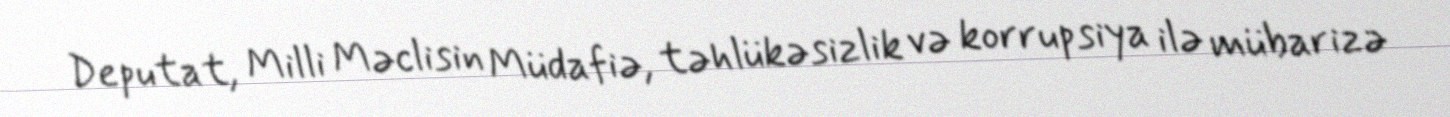
Deputat, Milli Məclisin Müdafiə, təhlükəsizlik və korrupsiya ilə mübarizə